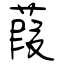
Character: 葭